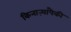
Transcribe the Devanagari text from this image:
किनाऱ्यापैकी